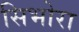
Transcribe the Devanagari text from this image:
सिभोरा